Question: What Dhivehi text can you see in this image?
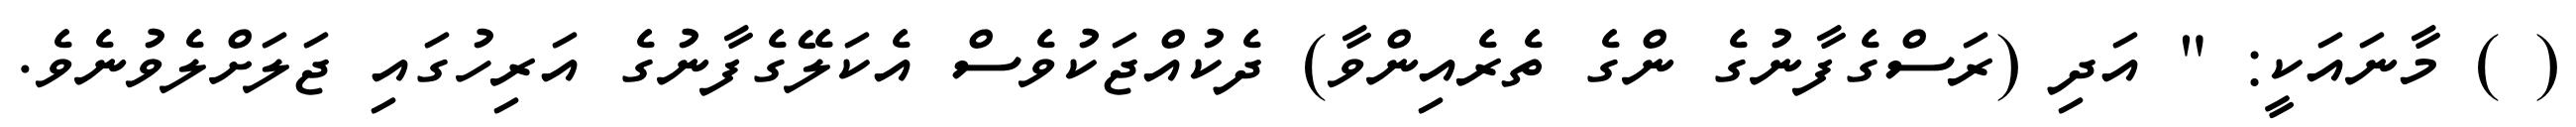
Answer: ( ) މާނައަކީ: " އަދި (ރަސްގެފާނުގެ ންގެ ތެރެއިންވާ) ދެކުއްޖަކުވެސް އެކަލޭގެފާނުގެ އަރިހުގައި ޖަލަށްލެވުނެވެ.